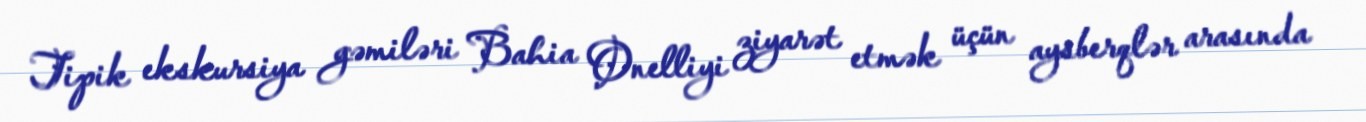
Tipik ekskursiya gəmiləri Bahia Onelliyi ziyarət etmək üçün aysberqlər arasında